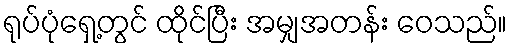
ရုပ်ပုံရှေ့တွင် ထိုင်ပြီး အမျှအတန်း ဝေသည်။